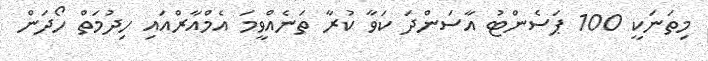
މިތަނަކީ 100 ޕަސެންޓު އާސަންދަ ކަވާ ކުރާ ތަނެއްވީމަ އެމްއާރްއައި ހިދުމަތް ހޯދަން